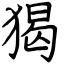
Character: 猲